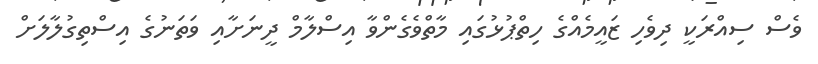
ވެސް ސިއްރަކީ ދިވެހި ޒައީމެއްގެ ހިތްޕުޅުގައި މާތްވެގެންވާ އިސްލާމް ދީނަށާއި ވަތަނުގެ އިސްތިގުލާލަށް